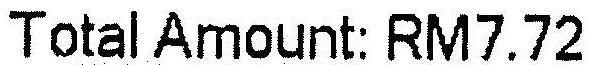
TOTAL AMOUNT: RM7.72